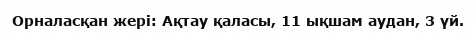
Орналасқан жері: Ақтау қаласы, 11 ықшам аудан, 3 үй.